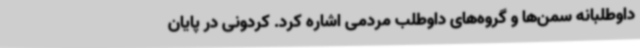
داوطلبانه‌ سمن‌ها و گروه‌های داوطلب مردمی اشاره کرد. کردونی در پایان